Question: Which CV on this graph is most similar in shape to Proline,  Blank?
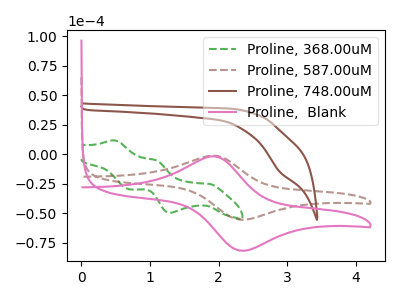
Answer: <think>The green dashed curve "Proline, 368.00uM" has anodic peaks at (0.50V, 11.75uA) (1.10V, -4.90uA) and cathodic peaks at (1.85V, -25.10uA) (1.30V, -49.60uA) (0.70V, -29.70uA). The brown dashed curve "Proline, 587.00uM" has an anodic peak at (1.90V, -1.20uA) and a cathodic peak at (2.35V, -55.40uA). The brown curve "Proline, 748.00uM" has a cathodic peak at: (2.90V, -14.70uA). The pink curve "Proline,  Blank" has an anodic peak at (1.90V, -1.75uA) and a cathodic peak at (2.35V, -81.65uA).
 "Proline, 368.00uM" and "Proline, 587.00uM" have a different number of peaks. "Proline, 368.00uM" and "Proline, 748.00uM" have a different number of peaks. "Proline, 368.00uM" and "Proline,  Blank" have a different number of peaks. "Proline, 587.00uM" and "Proline, 748.00uM" have a different number of peaks. All the peaks in "Proline, 587.00uM" have a peak in "Proline,  Blank" at the same potential. "Proline, 748.00uM" and "Proline,  Blank" have a different number of peaks.</think>
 <answer>The CV with the most similar shape to "Proline, 587.00uM" is "Proline,  Blank".</answer>
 <eval>"Proline,  Blank"</eval>